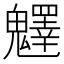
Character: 𩴮